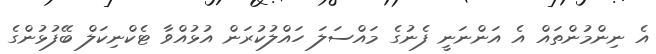
އެ ނިންމުންތައް އެ އަންނަނީ ފެނުގެ މައްސަލަ ހައްލުކުރަން އުޅުއްވާ ޓެކްނިކަލް ބޭފުޅުންގެ